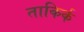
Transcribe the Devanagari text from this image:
ताकिर्क